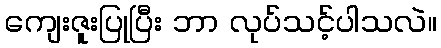
ကျေးဇူးပြုပြီး ဘာ လုပ်သင့်ပါသလဲ။